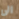
الى